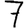
Digit: 7